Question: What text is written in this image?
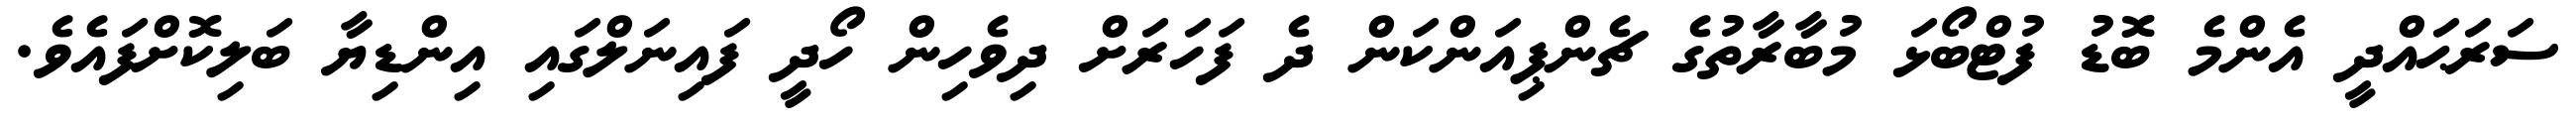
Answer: ސަރަޙައްދީ އެންމެ ބޮޑު ފުޓްބޯޅަ މުބާރާތުގެ ޗެންޕިއަންކަން ދެ ފަހަރަށް ދިވެހިން ހޯދީ ފައިނަލްގައި އިންޑިޔާ ބަލިކޮށްފައެވެ.